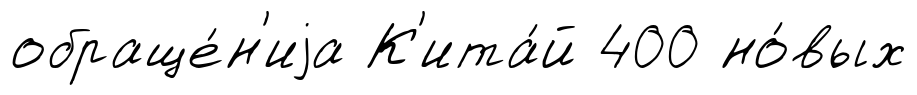
обраще́н'иjа К'ита́й 400 но́вых